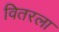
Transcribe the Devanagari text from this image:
वितरला